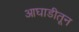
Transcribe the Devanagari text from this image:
आघाडीतून